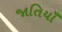
જાતિયાઁ